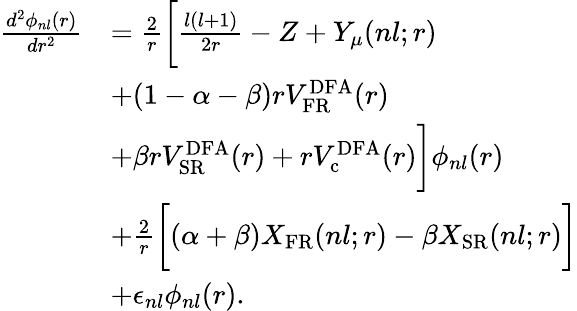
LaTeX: \begin{array}{rl}{\frac{d^{2}\phi_{nl}(r)}{dr^{2}}}&{=\frac{2}{r}\bigg[\frac{l(l+1)}{2r}-Z+Y_{\mu}(nl;r)}\\ &{+(1-\alpha-\beta)rV_{\mathrm{FR}}^{\mathrm{{DFA}}}(r)}\\ &{+\beta rV_{\mathrm{SR}}^{\mathrm{DFA}}(r)+rV_{\mathrm{c}}^{\mathrm{DFA}}(r)\bigg]\phi_{nl}(r)}\\ &{+\frac{2}{r}\bigg[(\alpha+\beta)X_{\mathrm{{FR}}}(nl;r)-\beta X_{\mathrm{SR}}(nl;r)\bigg]}\\ &{+\epsilon_{nl}\phi_{nl}(r).}\end{array}